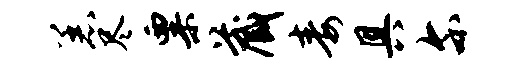
恙尽粟藏毒具尔